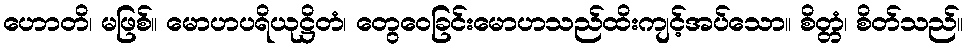
ဟောတိ၊ မဖြစ်။ မောဟပရိယုဋ္ဌိတံ၊ တွေဝေခြင်းမောဟသည်ထိးကျင့်အပ်သော။ စိတ္တံ၊ စိတ်သည်။